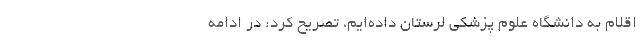
اقلام به دانشگاه علوم پزشکی لرستان داده‌ایم، تصریح کرد: در ادامه